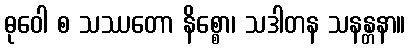
ဓုဝေါ စ သဿတော နိစ္စော၊ သဒါတန သနန္တနာ။